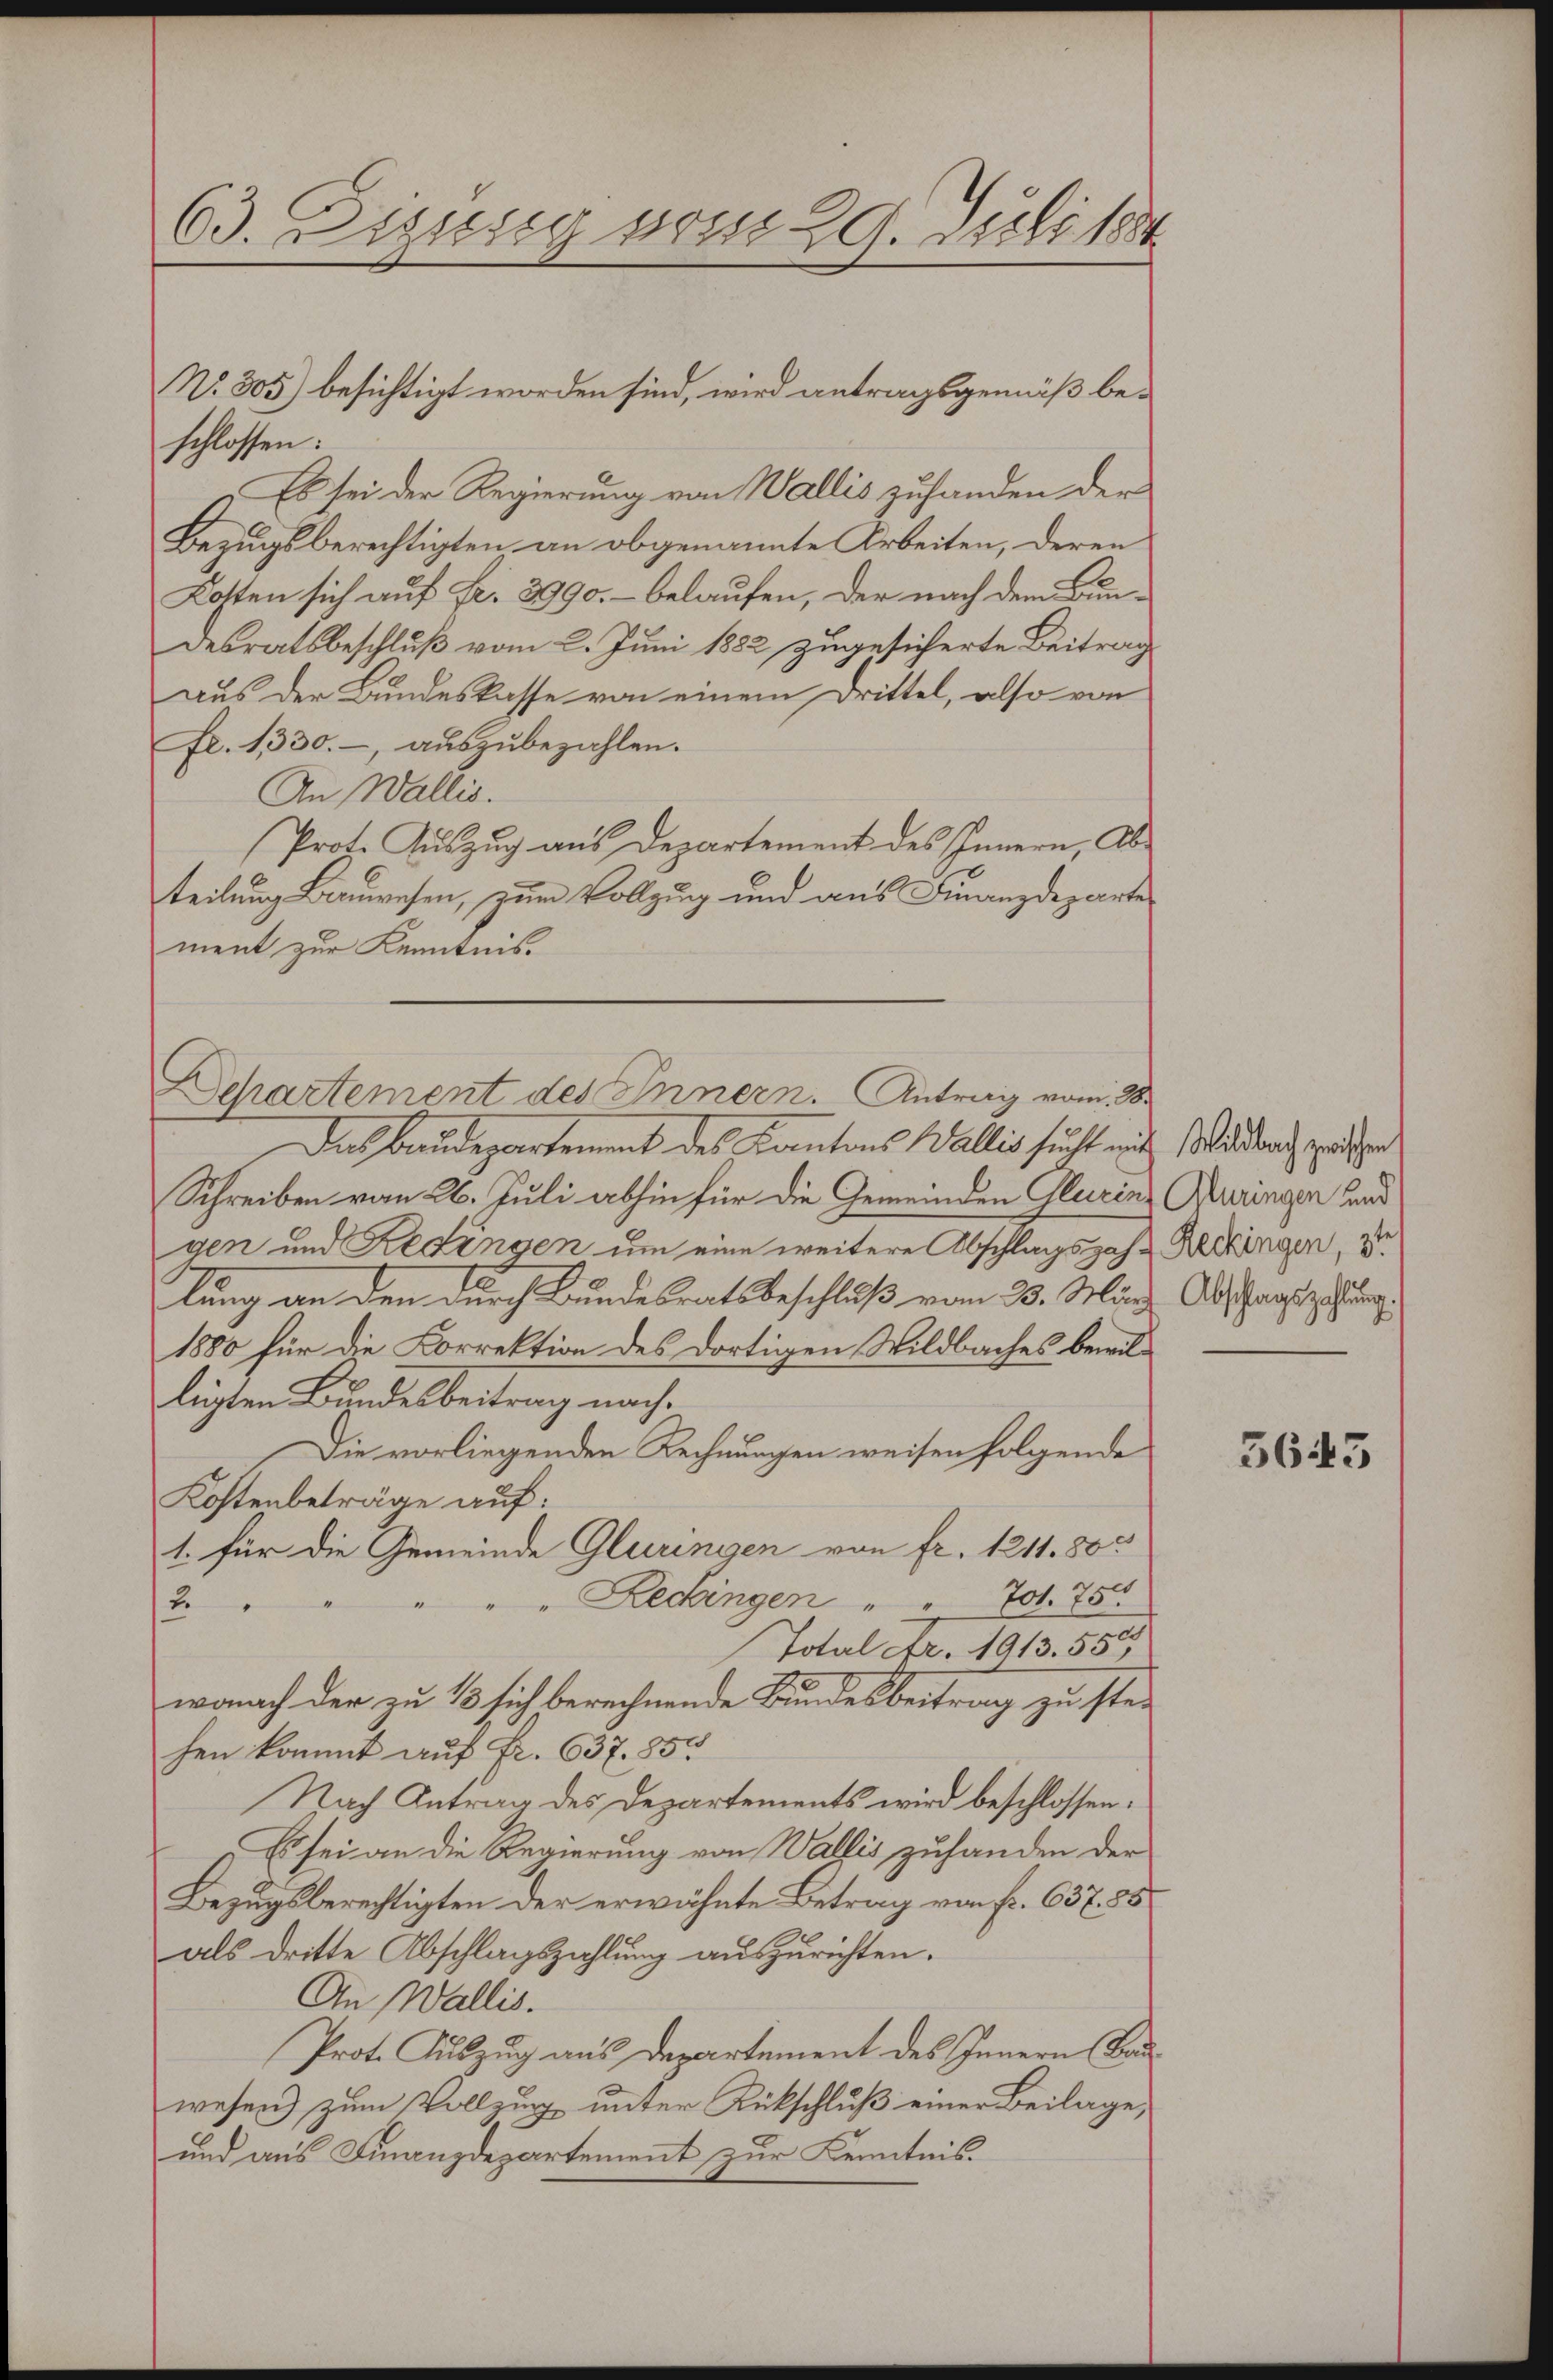
63. Diesig vom 29. Juli 188

No. 305) besichtigt worden sind, wird antragsgemäß beschlossen:
Es sei der Regierung von Wallis zuhanden der
Bezugsberechtigten an obgenannte Arbeiten, deren
Kotten sich auf fr. 3990. - belaufen, der nach dem Bun-
desratsbeschluß vom 2. Juni 1882 zugesicherte Beitrag
aus der Bundeskasse von einem Drittel, also von
fr. 1330., auszubezahlen.
An Wallis.
Prot. Auszug aus Departement des Innern, Ab-
teilung Bauwesen, zum Vollzug und aus Finanzdeparte
ment zur Kenntnis.

Das Baudepartement des Kantons Wallis sucht mit Wildbach zwischen
Schreiben vom 26. Juli abhin für die Gemeinden Glurins Kuringen und
gen und Redingen um eine weitere Abschlagszah - Reisingen, 3
lung an den durch Bundesratsbeschluß vom 20. März
1880 für die Korrektion des dortigen Wildbaches bewilligten Bundesbeitrag nach¬
Die vorliegenden Rechnungen weisen folgende
Kostenbeträge auf:
1. für die Gemeinde Gluringen von fr. 1211. 80.
Redingen " " Jot. 75
2.
Total Fr. 1913. 555
wonach der zu 1/3 sich berechnende Bundesbeitrag zu ste-
hen kommt auf Fr. 637. 85
Nach Antrag des Departements wird beschlossen.
 Es sei an die Regierung von Wallis zuhanden der
Bezugsberechtigten der erwähnte Betrag von Fr. 637. 58
als dritte Abschlagszahlung auszurichten.
An Wallis.
Prot. Auszug aus Departement des Innern Bauwesen) zum Vollzug unter Rückschluß einer Beilage,
und aus Finanzdepartement zur Kenntnis.

Separtement des Innern. Antrag vom 28.

Abschlagszahlung.

5643